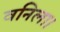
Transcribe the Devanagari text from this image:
वनिला।